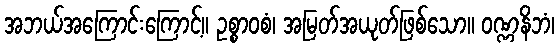
အဘယ်အကြောင်းကြောင့်။ ဥစ္စာဝစံ၊ အမြတ်အယုတ်ဖြစ်သော။ ဝဏ္ဏနိဘံ၊